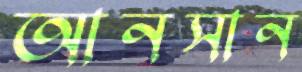
আনসান